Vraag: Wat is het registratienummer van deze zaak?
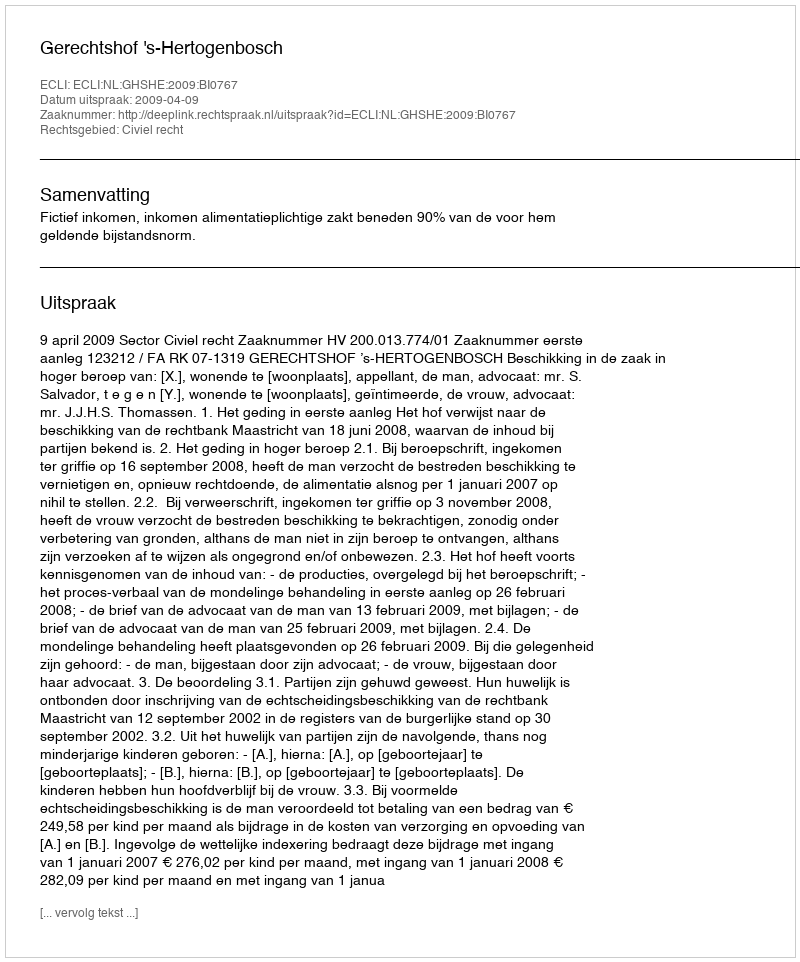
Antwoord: http://deeplink.rechtspraak.nl/uitspraak?id=ECLI:NL:GHSHE:2009:BI0767